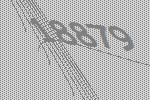
18879